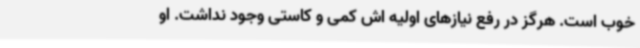
خوب است. هرگز در رفع نیازهای اولیه اش کمی و کاستی وجود نداشت. او